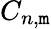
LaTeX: C_{n,\mathtt{m}}